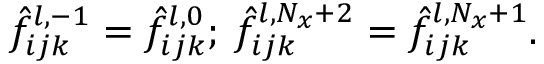
\hat { f } _ { i j k } ^ { l , - 1 } = \hat { f } _ { i j k } ^ { l , 0 } ; \: \hat { f } _ { i j k } ^ { l , N _ { x } + 2 } = \hat { f } _ { i j k } ^ { l , N _ { x } + 1 } .